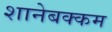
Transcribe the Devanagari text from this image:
शानेबक्कम